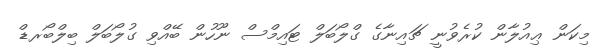
މިކަން ޢިއުލާން ކުރެވުނީ ޗައިނާގެ ގްލޯބަލް ޓައިމްސް ނޫހުން ބޭއްވި ގުލޯބަލް ބިލްބޯރޑް